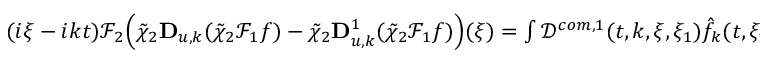
\begin{array} { r } { ( i \xi - i k t ) \mathcal { F } _ { 2 } \Big ( \tilde { \chi } _ { 2 } \mathbf { D } _ { u , k } ( \tilde { \chi } _ { 2 } \mathcal { F } _ { 1 } f ) - \tilde { \chi } _ { 2 } \mathbf { D } _ { u , k } ^ { 1 } ( \tilde { \chi } _ { 2 } \mathcal { F } _ { 1 } f ) \Big ) ( \xi ) = \int \mathcal { D } ^ { c o m , 1 } ( t , k , \xi , \xi _ { 1 } ) \hat { f } _ { k } ( t , \xi _ { 1 } ) d \xi _ { 1 } . } \end{array}